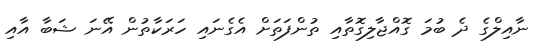
ނާއިލްގެ ދެ ބުމަ ގޮއްޖާލިގޮތާއި ތުންފަތަށް އެގެނައި ހަރަކާތުން އޭނަ ޝަބާ އާއި